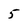
Character: 5